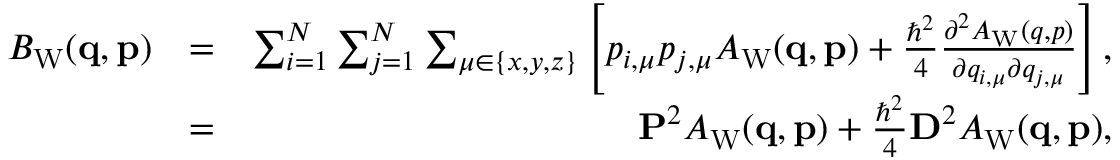
\begin{array} { r l r } { B _ { \mathrm { W } } ( \ensuremath { \mathbf { q } } , \ensuremath { \mathbf { p } } ) } & { = } & { \sum _ { i = 1 } ^ { N } \sum _ { j = 1 } ^ { N } \sum _ { \mu \in \{ x , y , z \} } \left[ p _ { i , \mu } p _ { j , \mu } A _ { \mathrm { W } } ( \ensuremath { \mathbf { q } } , \ensuremath { \mathbf { p } } ) + \frac { \hbar ^ { 2 } } { 4 } \frac { \partial ^ { 2 } A _ { \mathrm { W } } ( \b { q } , \b { p } ) } { \partial q _ { i , \mu } \partial q _ { j , \mu } } \right] , } \\ & { = } & { \ensuremath { \mathbf { P } } ^ { 2 } A _ { \mathrm { W } } ( \ensuremath { \mathbf { q } } , \ensuremath { \mathbf { p } } ) + \frac { \hbar ^ { 2 } } { 4 } \ensuremath { \mathbf { D } } ^ { 2 } A _ { \mathrm { W } } ( \ensuremath { \mathbf { q } } , \ensuremath { \mathbf { p } } ) , } \end{array}